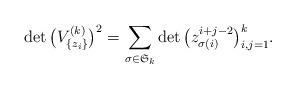
LaTeX: \begin{align*}\det\big(V^{(k)}_{\{z_{i}\}}\big)^{2}= \sum_{\sigma\in \mathfrak{S}_{k}}\det\big(z_{\sigma(i)}^{i+j-2}\big)_{i,j=1}^{k}.\end{align*}